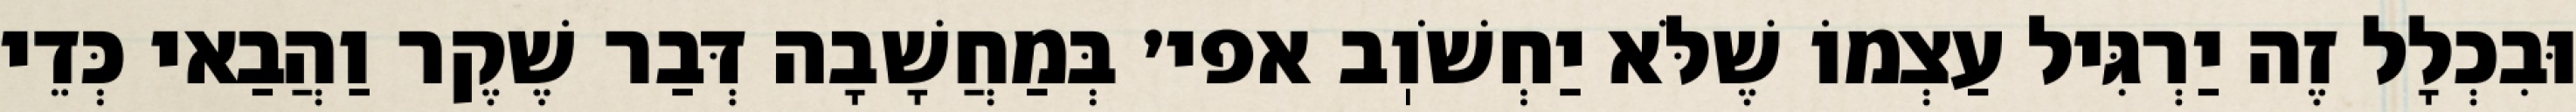
וּבִכְלָל זֶה יַרְגִּיל עַצְמוֹ שֶׁלֹּא יַחְשֹׁוֽב אפי׳ בְּמַחֲשָׁבָה דְּבַר שֶׁקֶר וַהֲבַאי כְּדֵי